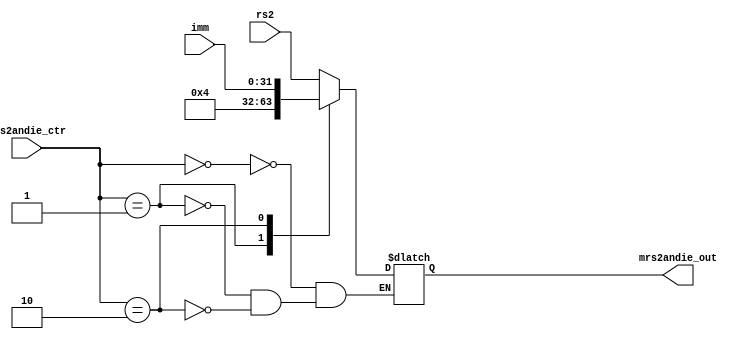
`timescale 1ns / 1ps
//////////////////////////////////////////////////////////////////////////////////
// Company: 
// Engineer: 
// 
// Design Name: 
// Module Name:     
// Project Name: 
// Target Devices: 
// Tool Versions: 
// Description: 
// 
// Dependencies: 
// 
// Revision:
// Revision 0.01 - File Created
// Additional Comments:
// 
//////////////////////////////////////////////////////////////////////////////////


module mux_From_rs2_IE_To_ALU(
    input  [1:0] mrs2andie_ctr,
    input  [31:0] rs2,
    input [31:0] imm,
    output reg [31:0] mrs2andie_out
    );
    always @( *) begin
        case (mrs2andie_ctr)
            2'b00:begin
                mrs2andie_out<=rs2;
            end
            2'b01:begin
                mrs2andie_out<=4'h4;
            end
            2'b10:begin
                mrs2andie_out<=imm;
            end
        endcase
    end
endmodule